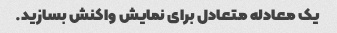
یک معادله متعادل برای نمایش واکنش بسازید.